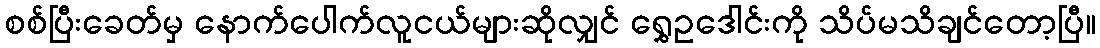
စစ်ပြီးခေတ်မှ နောက်ပေါက်လူငယ်များဆိုလျှင် ရွှေဥဒေါင်းကို သိပ်မသိချင်တော့ပြီ။